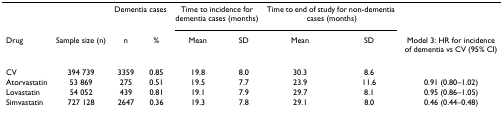
<table><thead><tr><td></td><td></td><td colspan="2"><b>Dementia cases</b></td><td colspan="2"><b>Time to incidence for dementia cases (months)</b></td><td colspan="2"><b>Time to end of study for non-dementia cases (months)</b></td><td></td></tr><tr><td><b>Drug</b></td><td><b>Sample size (n)</b></td><td><b>n</b></td><td><b>%</b></td><td><b>Mean</b></td><td><b>SD</b></td><td><b>Mean</b></td><td><b>SD</b></td><td><b>Model 3: HR for incidence of dementia vs CV (95% CI)</b></td></tr></thead><tbody><tr><td>CV</td><td>394 739</td><td>3359</td><td>0.85</td><td>19.8</td><td>8.0</td><td>30.3</td><td>8.6</td><td></td></tr><tr><td>Atorvastatin</td><td>53 869</td><td>275</td><td>0.51</td><td>19.5</td><td>7.7</td><td>23.9</td><td>11.6</td><td>0.91 (0.80–1.02)</td></tr><tr><td>Lovastatin</td><td>54 052</td><td>439</td><td>0.81</td><td>19.1</td><td>7.9</td><td>29.7</td><td>8.1</td><td>0.95 (0.86–1.05)</td></tr><tr><td>Simvastatin</td><td>727 128</td><td>2647</td><td>0.36</td><td>19.3</td><td>7.8</td><td>29.1</td><td>8.0</td><td>0.46 (0.44–0.48)</td></tr></tbody></table>